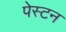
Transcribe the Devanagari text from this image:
पेस्टन